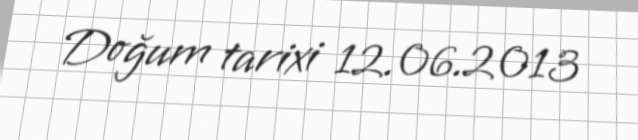
Doğum tarixi 12.06.2013